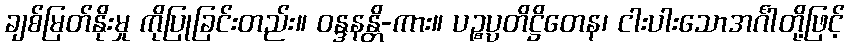
ချစ်မြတ်နိုးမှု ကိုပြုခြင်းတည်း။ ဝန္ဒနန္တိ-ကား။ ပဉ္စပ္ပတိဋ္ဌိတေန၊ ငါးပါးသောအင်္ဂါတို့ဖြင့်